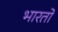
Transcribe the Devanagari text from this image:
भारतों